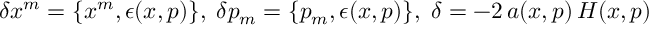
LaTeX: \delta { x ^ { m } } = \{ x ^ { m } , \epsilon ( x , p ) \} , \; \delta { p _ { m } } = \{ p _ { m } , \epsilon ( x , p ) \} , \; \delta \l = - 2 \, a ( x , p ) \, H ( x , p )